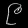
Digit: ၉